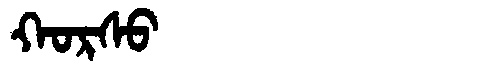
Manchu: ᡴᠣᡵᠰᠣ
Romanization: KORSO